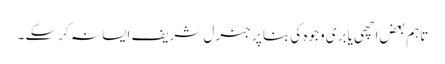
تاہم بعض اچھی یا بری وجوہ کی بنا پر جنرل شریف ایسا نہ کرسکے ۔